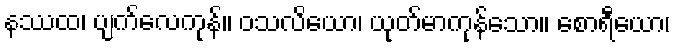
နဿထ၊ ပျက်လေကုန်။ ဝသလိယော၊ ယုတ်မာကုန်သော။ စောရီယော၊